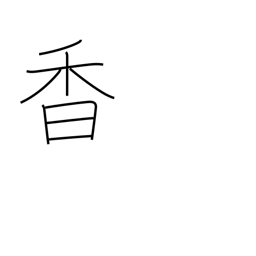
Meaning: smell